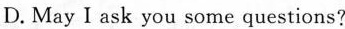
D. May I ask you some questions?